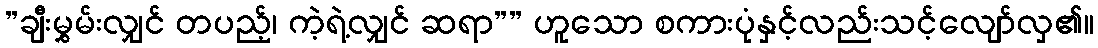
”ချီးမွှမ်းလျှင် တပည့်၊ ကဲ့ရဲ့လျှင် ဆရာ”” ဟူသော စကားပုံနှင့်လည်းသင့်လျော်လှ၏။